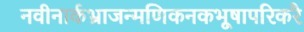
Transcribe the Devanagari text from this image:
नवीनार्कभ्राजन्मणिकनकभूषापरिकरै